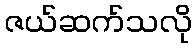
ဇယ်ဆက်သလို